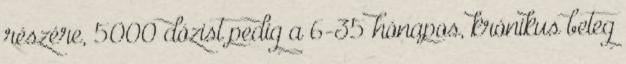
részére, 5000 dózist pedig a 6-35 hónapos, krónikus beteg